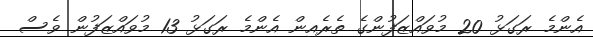
އެންމެ ރަގަޅު 20 މުވައްޒަފުންގެ ތެރެއިން އެންމެ ރަގަޅު 13 މުވައްޒަފުން ވެސް